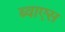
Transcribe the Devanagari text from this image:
ब्वाएस